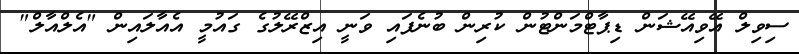
ސިވިލް އޭވިއޭޝަން ޑިޕާޓްމަންޓުން ކުރިން ބުނެފައި ވަނީ އިޒްރޭލުގެ ގައުމީ އެއާލައިން "އެލްއާލް"